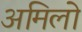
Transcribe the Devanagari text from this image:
अमिलो